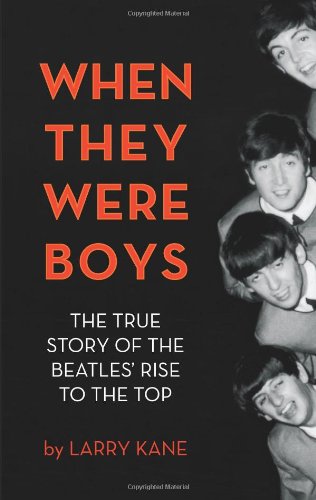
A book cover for When They Were Boys: The True Story of the Beatles' Rise to the Top; Larry Kane; Humor & Entertainment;